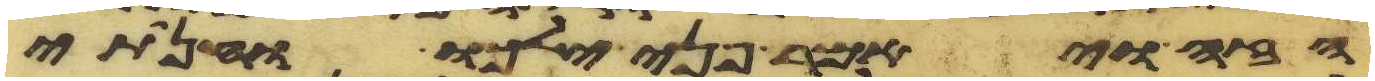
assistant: הזה ויאמר פני ילכו והנחתי